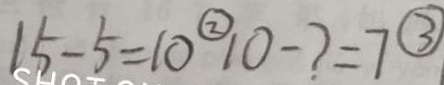
1 5 - 5 = 1 0 \textcircled { 2 } 1 0 - ? = 7 \textcircled { 3 }